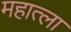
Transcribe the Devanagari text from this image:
महात्ला